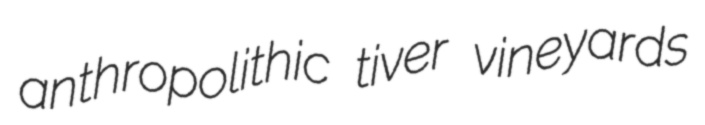
anthropolithic tiver vineyards